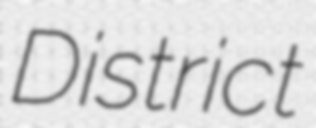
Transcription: District